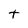
Character: t